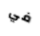
في